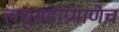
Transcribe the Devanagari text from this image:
लघुग्रहांप्रमाणेच